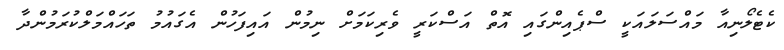
ކެޓެލޯނިއާ މައްސަލައަކީ ސްޕެއިންގައި އޮތް އަސްކަރީ ވެރިކަމަށް ނިމުން އައިފަހުން އެގައުމު ތަހައްމަލްކުރަމުންދާ